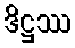
ဒိဋ္ဌဿ